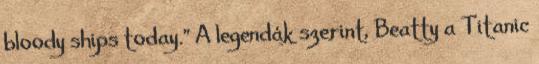
bloody ships today.” A legendák szerint, Beatty a Titanic